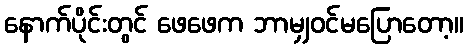
နောက်ပိုင်းတွင် ဖေဖေက ဘာမျှဝင်မပြောတော့။